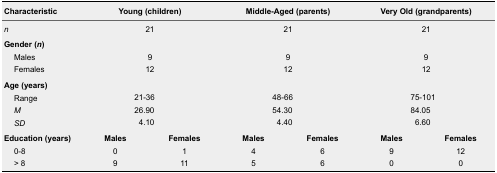
<table><thead><tr><td><b>Characteristic</b></td><td colspan="2"><b>Young (children)</b></td><td colspan="2"><b>Middle-Aged (parents)</b></td><td colspan="2"><b>Very Old (grandparents)</b></td></tr></thead><tbody><tr><td><i>n</i></td><td colspan="2">21</td><td colspan="2">21</td><td colspan="2">21</td></tr><tr><td colspan="7"><b>Gender (<i>n</i>)</b></td></tr><tr><td>Males</td><td colspan="2">9</td><td colspan="2">9</td><td colspan="2">9</td></tr><tr><td>Females</td><td colspan="2">12</td><td colspan="2">12</td><td colspan="2">12</td></tr><tr><td colspan="7"><b>Age (years)</b></td></tr><tr><td>Range</td><td colspan="2">21-36</td><td colspan="2">48-66</td><td colspan="2">75-101</td></tr><tr><td><i>M</i></td><td colspan="2">26.90</td><td colspan="2">54.30</td><td colspan="2">84.05</td></tr><tr><td><i>SD</i></td><td colspan="2">4.10</td><td colspan="2">4.40</td><td colspan="2">6.60</td></tr><tr><td><b>Education (years)</b></td><td><b>Males</b></td><td><b>Females</b></td><td><b>Males</b></td><td><b>Females</b></td><td><b>Males</b></td><td><b>Females</b></td></tr><tr><td>0-8</td><td>0</td><td>1</td><td>4</td><td>6</td><td>9</td><td>12</td></tr><tr><td>&gt; 8</td><td>9</td><td>11</td><td>5</td><td>6</td><td>0</td><td>0</td></tr></tbody></table>